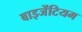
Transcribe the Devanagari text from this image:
बाइजेंटियम